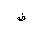
Letter: _fa